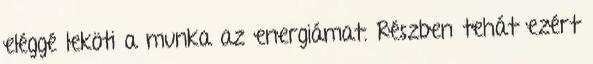
eléggé leköti a munka az energiámat. Részben tehát ezért